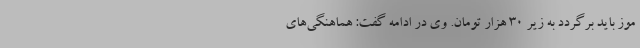
موز باید برگردد به زیر 30 هزار تومان. وی در ادامه گفت: هماهنگی‌های